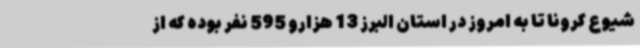
شیوع کرونا تا به امروز در استان البرز 13 هزارو 595 نفر بوده که از